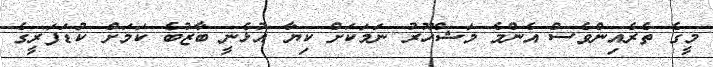
މީގެ ތެރެއިންވެސް އެންމެ މަޝްހޫރު ނަމަކަށް ކިޔާ އުޅެނީ ބާޒުބެ ކަމަށް ކުޑަފަރީގެ